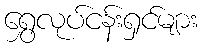
ရွှေလုပ်ငန်းရှင်များ